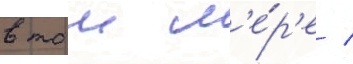
в тои м'е́р'е /